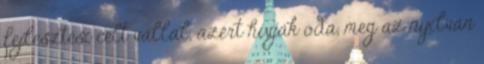
fejlesztési célt vállal, azért hívják oda, meg az nyilván